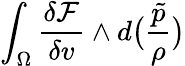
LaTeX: \int_{\Omega}\frac{\delta\mathcal{F}}{\delta v}\wedge d\big(\frac{\tilde{p}}{\rho}\big)